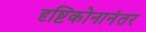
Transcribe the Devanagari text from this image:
दृष्टिकोनानंतर